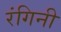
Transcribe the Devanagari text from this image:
रंगिनी